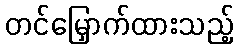
တင်မြှောက်ထားသည့်